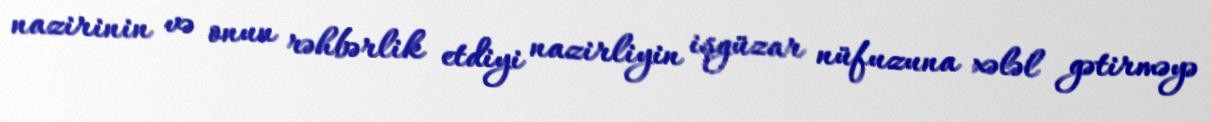
nazirinin və onun rəhbərlik etdiyi nazirliyin işgüzar nüfuzuna xələl gətirməyə